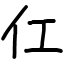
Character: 仜